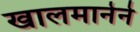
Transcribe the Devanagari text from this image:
खालमानेने